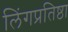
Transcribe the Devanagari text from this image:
लिंगप्रतिष्ठा